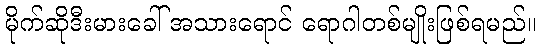
မိုက်ဆိုဒီးမားခေါ် အသားရောင် ရောဂါတစ်မျိုးဖြစ်ရမည်။